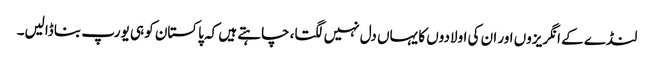
لنڈے کے انگریزوں اور ان کی اولادوں کا یہاں دل نہیں لگتا، چاہتے ہیں کہ پاکستان کو ہی یورپ بنا ڈالیں۔